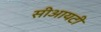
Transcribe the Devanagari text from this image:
सीआयटी